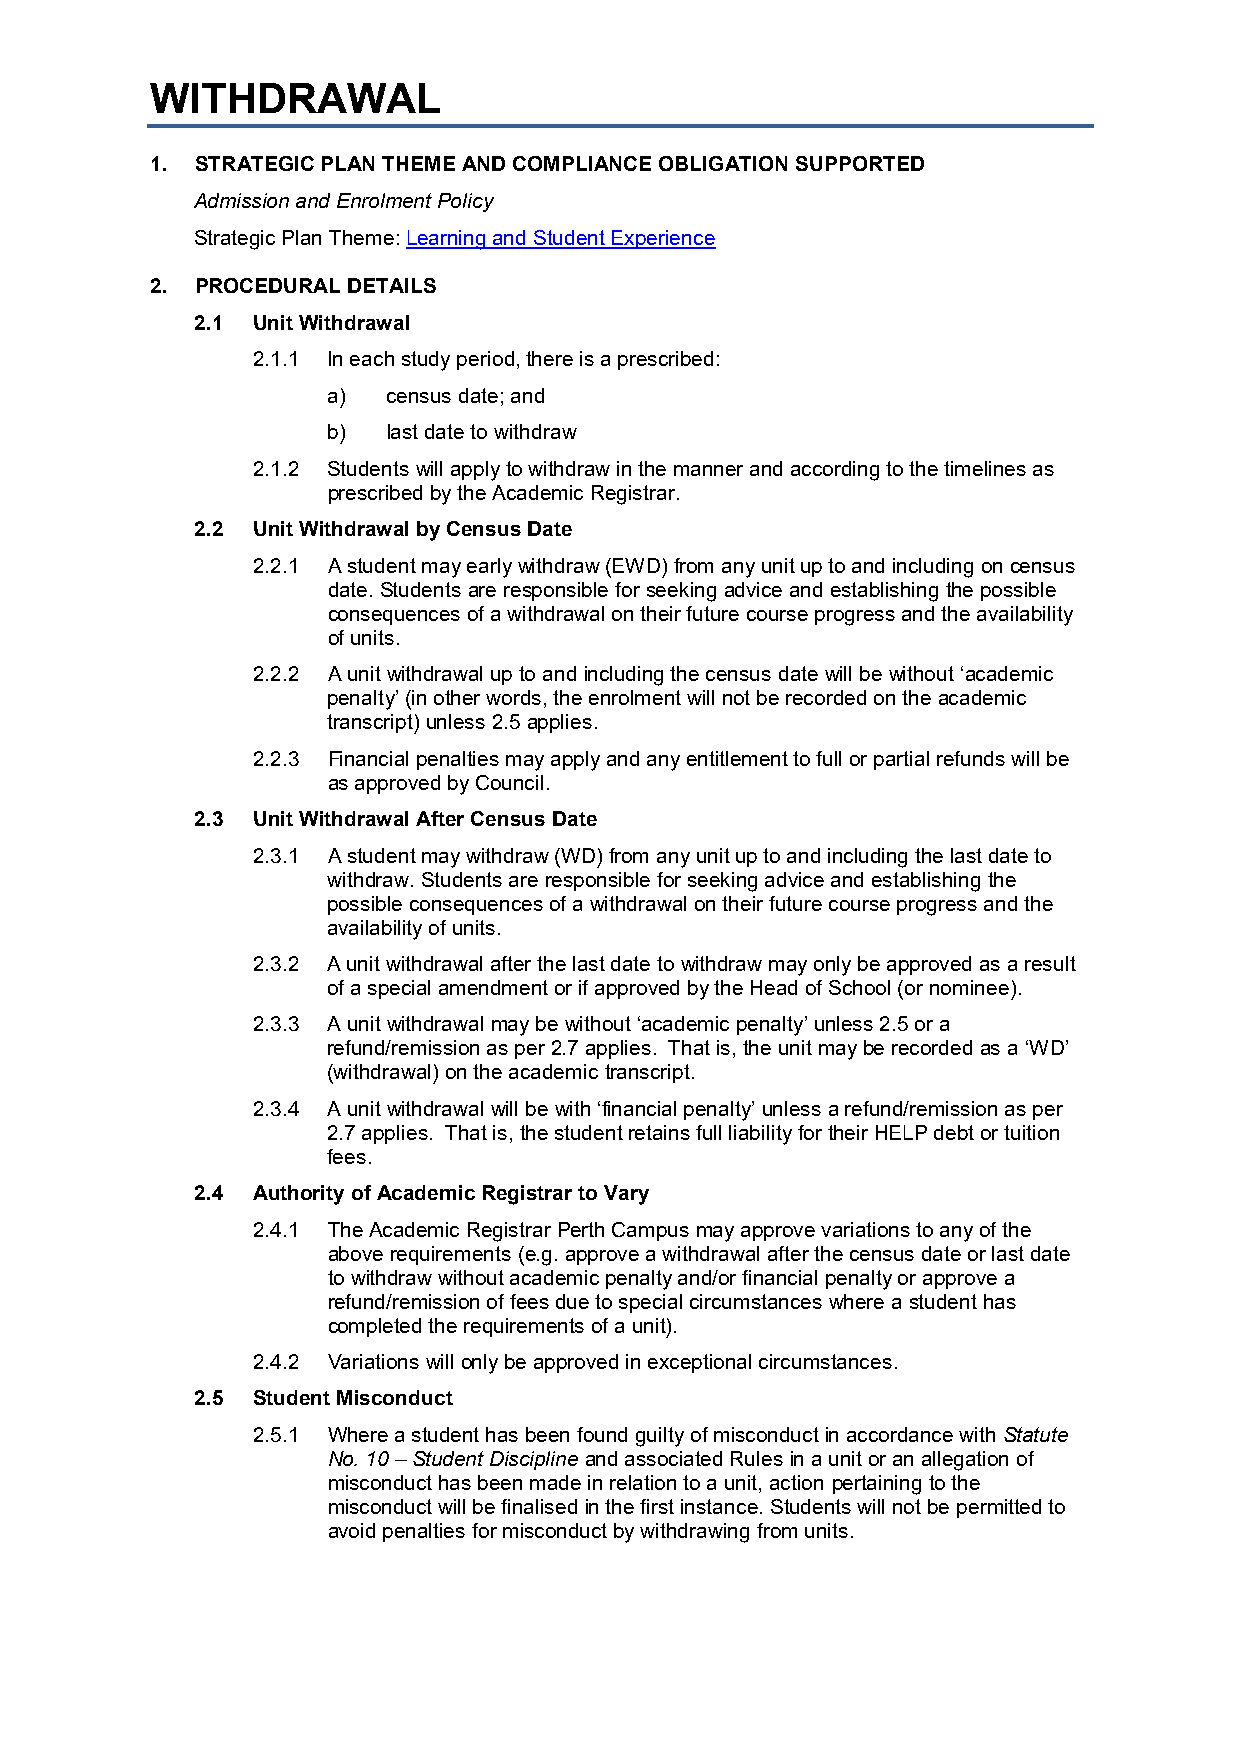
WITHDRAWAL
 1. STRATEGIC PLAN THEME AND COMPLIANCE OBLIGATION SUPPORTED
 Admission and Enrolment Policy
 Strategic Plan Theme: Learning and Student Experience
 2. PROCEDURAL DETAILS
 2.1 Unit Withdrawal
 2.1.1 In each study period, there is a prescribed:
 a)  census date; and
 b)  last date to withdraw
 2.1.2 Students will apply to withdraw in the manner and according to the timelines as
 prescribed by the Academic Registrar.
 2.2 Unit Withdrawal by Census Date
 2.2.1 A student may early withdraw (EWD) from any unit up to and including on census
 date. Students are responsible for seeking advice and establishing the possible
 consequences of a withdrawal on their future course progress and the availability
 of units.
 2.2.2 A unit withdrawal up to and including the census date will be without ‘academic
 penalty’ (in other words, the enrolment will not be recorded on the academic
 transcript) unless 2.5 applies.
 2.2.3 Financial penalties may apply and any entitlement to full or partial refunds will be
 as approved by Council.
 2.3 Unit Withdrawal After Census Date
 2.3.1 A student may withdraw (WD) from any unit up to and including the last date to
 withdraw. Students are responsible for seeking advice and establishing the
 possible consequences of a withdrawal on their future course progress and the
 availability of units.
 2.3.2 A unit withdrawal after the last date to withdraw may only be approved as a result
 of a special amendment or if approved by the Head of School (or nominee).
 2.3.3 A unit withdrawal may be without ‘academic penalty’ unless 2.5 or a
 refund/remission as per 2.7 applies. That is, the unit may be recorded as a ‘WD’
 (withdrawal) on the academic transcript.
 2.3.4 A unit withdrawal will be with ‘financial penalty’ unless a refund/remission as per
 2.7 applies. That is, the student retains full liability for their HELP debt or tuition
 fees.
 2.4 Authority of Academic Registrar to Vary
 2.4.1 The Academic Registrar Perth Campus may approve variations to any of the
 above requirements (e.g. approve a withdrawal after the census date or last date
 to withdraw without academic penalty and/or financial penalty or approve a
 refund/remission of fees due to special circumstances where a student has
 completed the requirements of a unit).
 2.4.2 Variations will only be approved in exceptional circumstances.
 2.5 Student Misconduct
 2.5.1 Where a student has been found guilty of misconduct in accordance with Statute
 No. 10 – Student Discipline and associated Rules in a unit or an allegation of
 misconduct has been made in relation to a unit, action pertaining to the
 misconduct will be finalised in the first instance. Students will not be permitted to
 avoid penalties for misconduct by withdrawing from units.